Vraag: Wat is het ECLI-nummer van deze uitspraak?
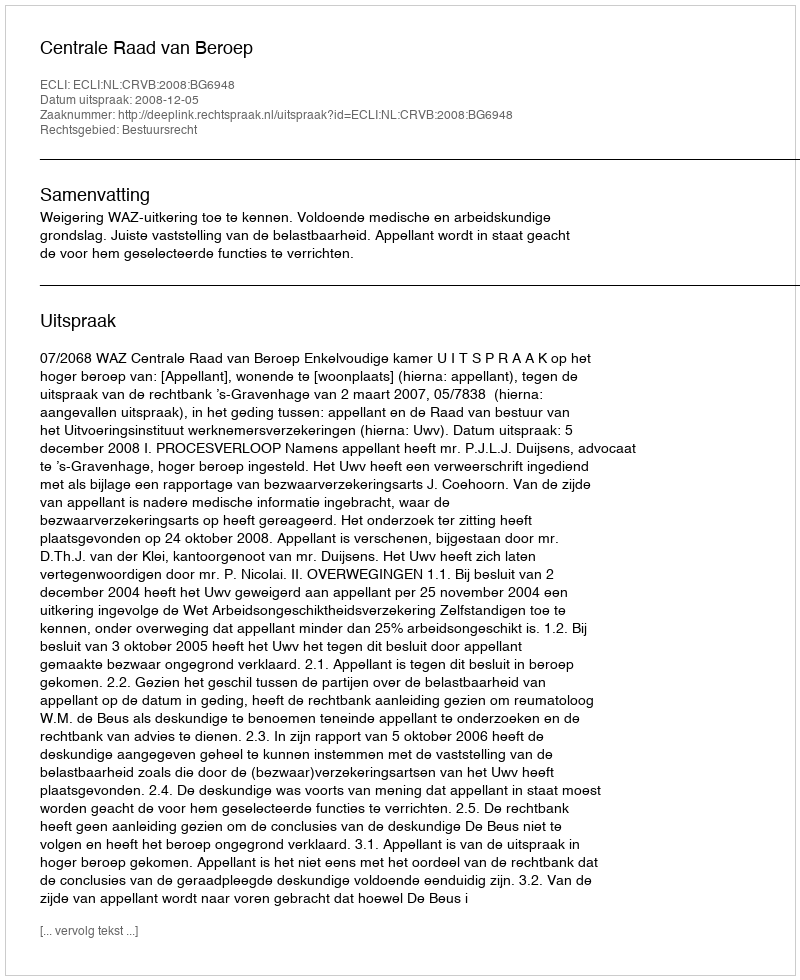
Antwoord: ECLI:NL:CRVB:2008:BG6948